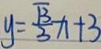
y = \frac { \sqrt { 3 } } { 3 } x + 3